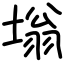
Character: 塕